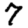
Digit: 7